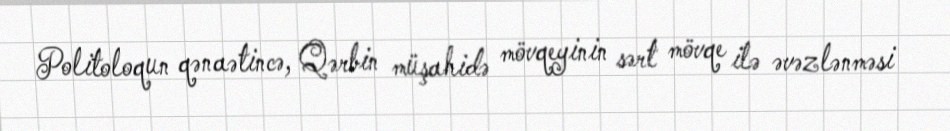
Politoloqun qənaətincə, Qərbin müşahidə mövqeyinin sərt mövqe ilə əvəzlənməsi